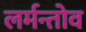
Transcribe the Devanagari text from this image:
लर्मन्तोव